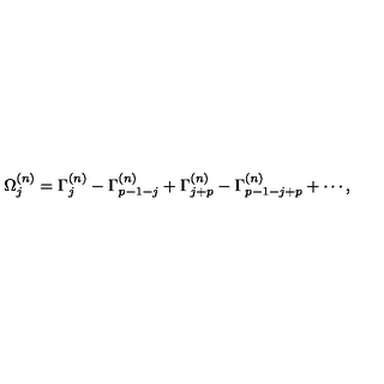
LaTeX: \Omega _ { j } ^ { ( n ) } = \Gamma _ { j } ^ { ( n ) } - \Gamma _ { p - 1 - j } ^ { ( n ) } + \Gamma _ { j + p } ^ { ( n ) } - \Gamma _ { p - 1 - j + p } ^ { ( n ) } + \cdots ,